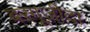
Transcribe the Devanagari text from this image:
बरगूज़ीदा